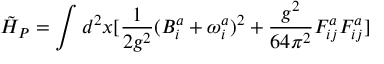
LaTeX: \tilde { H } _ { P } = \int d ^ { 2 } x [ \frac { 1 } { 2 g ^ { 2 } } ( B _ { i } ^ { a } + \omega _ { i } ^ { a } ) ^ { 2 } + \frac { g ^ { 2 } } { 6 4 \pi ^ { 2 } } F _ { i j } ^ { a } F _ { i j } ^ { a } ]